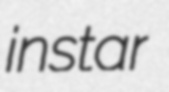
instar